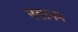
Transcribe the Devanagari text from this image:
नतानन